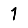
Digit: 1